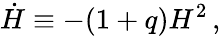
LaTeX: \dot{H}\equiv-(1+q)H^{2}\, ,